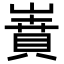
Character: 𡼝